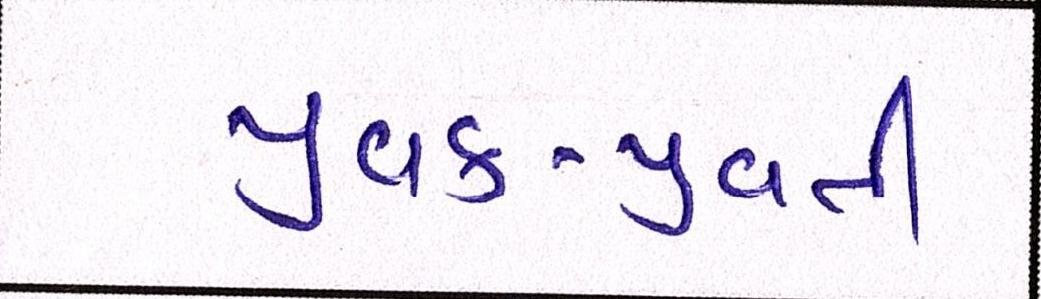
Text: યુવક-યુવતી